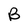
Character: B